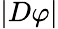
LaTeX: |D\varphi|